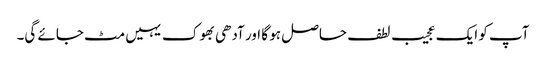
آپ کو ایک عجیب لطف حاصل ہو گا اور آدھی بھوک یہیں مٹ جائے گی۔